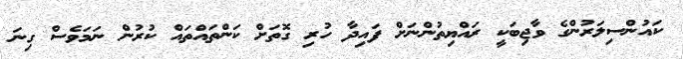
ކައުންސިލަރުންގެ ވާޖިބަކީ ރައްޔިތުންނަށް ފައިދާ ހުރި ގޮތަށް ކަންތައްތައް ކުރުން ނަމަވެސް ގިނަ